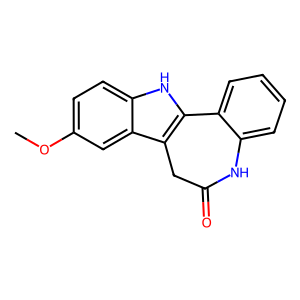
SMILES: COc1ccc2[nH]c3c(c2c1)CC(=O)Nc1ccccc1-3
Inhibits HIV replication: No